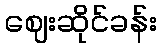
ဈေးဆိုင်ခန်း